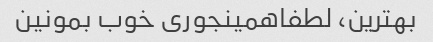
بهترین، لطفاهمینجوری خوب بمونین